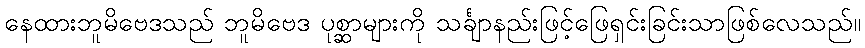
နေထားဘူမိဗေဒသည် ဘူမိဗေဒ ပုစ္ဆာများကို သင်္ချာနည်းဖြင့်ဖြေရှင်းခြင်းသာဖြစ်လေသည်။